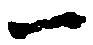
一